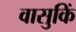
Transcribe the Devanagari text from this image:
वासुकिं